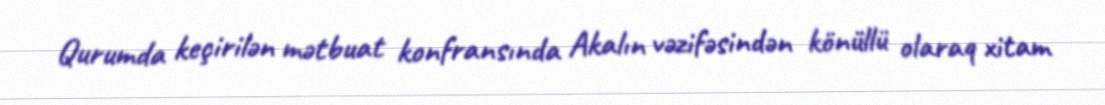
Qurumda keçirilən mətbuat konfransında Akalın vəzifəsindən könüllü olaraq xitam